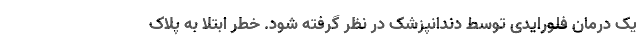
یک درمان فلورایدی توسط دندانپزشک در نظر گرفته شود. خطر ابتلا به پلاک